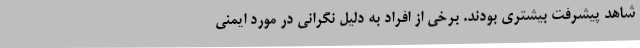
شاهد پیشرفت بیشتری بودند. برخی از افراد به دلیل نگرانی در مورد ایمنی